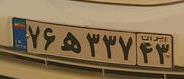
۷۶ه۳۳۷۴۳